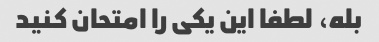
بله، لطفا این یکی را امتحان کنید